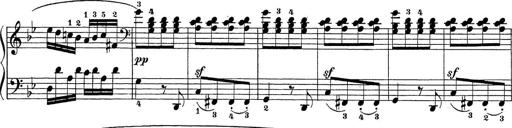
Title: Sonatina Album
Composer: Louis KÃ¶hler